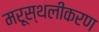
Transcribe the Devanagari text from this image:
मरूस्थलीकरण